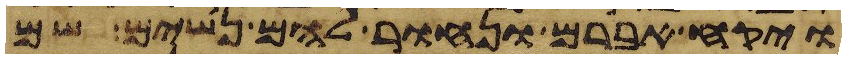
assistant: ויקח אברם ונחור להם נשים שם